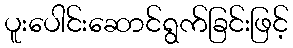
ပူးပေါင်းဆောင်ရွက်ခြင်းဖြင့်